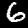
Digit: 6